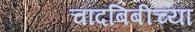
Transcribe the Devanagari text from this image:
चांदबिबीच्या